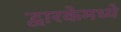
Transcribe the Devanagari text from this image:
द्वारकेमध्ये